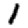
Digit: 1